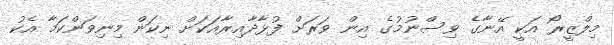
މިލްޒީރޯ އަކީ އޭނާގެ ވިސްނުމުގެ އިން ވަރަށް ފުޅާދާއިރާއަކަށް ނިކަން މިނިވަންކަމާ އެކު